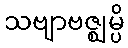
သဗျာဗဇ္ဈမ္ပိ